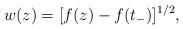
LaTeX: \begin{align*} w(z)=[f(z)-f(t_-)]^{1/2},\end{align*}